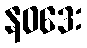
နဝဒေး